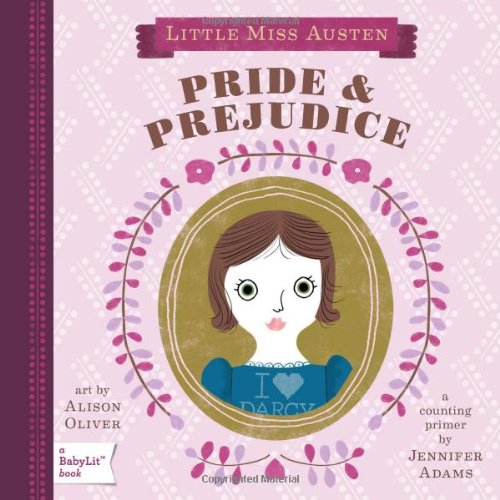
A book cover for Pride & Prejudice: A BabyLitÂ® Counting Primer; Jennifer Adams; Children's Books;